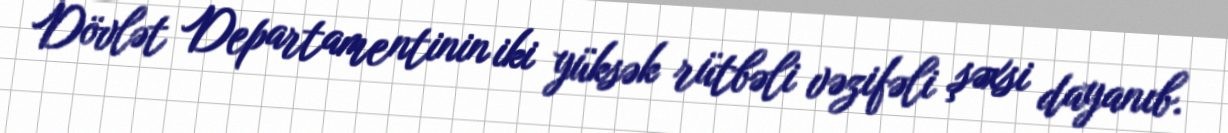
Dövlət Departamentinin iki yüksək rütbəli vəzifəli şəxsi dayanıb.